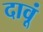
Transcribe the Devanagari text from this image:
दावूं